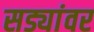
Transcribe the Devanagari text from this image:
सड्यांवर